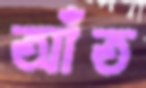
আঁত